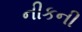
નીકની